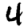
Digit: 4